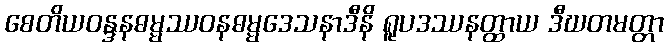
စေတိယဝန္ဒနဓမ္မဿဝနဓမ္မဒေသနာဒီနိ ရူပဒဿနတ္ထာယ ဒီဃတမတ္တာ